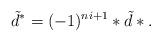
LaTeX: \begin{align*}\tilde d^*=(-1)^{ni+1}*\tilde d*.\end{align*}